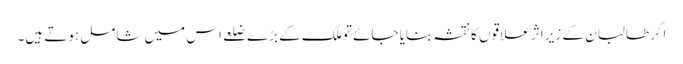
اگر طالبان کے زیر اثر علاقوں کا نقشہ بنایا جائے تو ملک کے بڑے ضلعے اس میں شامل ہوتے ہیں۔